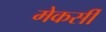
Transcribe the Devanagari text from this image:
मेकर्सी